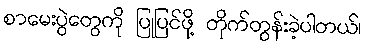
စာမေးပွဲတွေကို ပြုပြင်ဖို့ တိုက်တွန်းခဲ့ပါတယ်၊